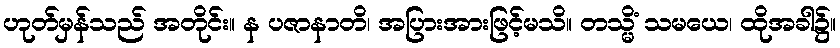
ဟုတ်မှန်သည် အတိုင်း။ န ပဇာနာတိ၊ အပြားအားဖြင့်မသိ။ တသ္မိံ သမယေ၊ ထိုအခါ၌။